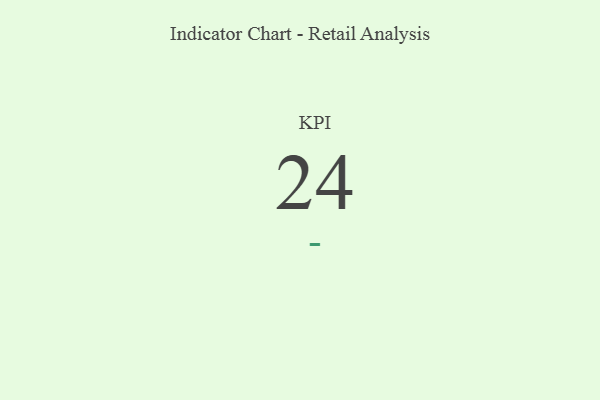
{"axis": {"x": "KPI", "y": "Value"}, "legend": [""], "data": [{"x": "KPI", "y": 24, "type": ""}]}